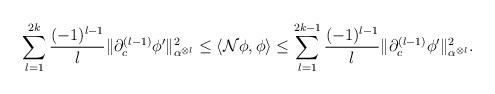
LaTeX: \begin{align*}\sum_{l=1}^{2k}\frac{(-1)^{l-1}}{l}\|\partial^{(l-1)}_{c}\phi^\prime\|^{2}_{\alpha^{\otimes l}}\le \langle\mathcal{N}\phi,\phi \rangle\le \sum_{l=1}^{2k-1}\frac{(-1)^{l-1}}{l}\|\partial^{(l-1)}_{c}\phi^\prime\|^{2}_{\alpha^{\otimes l}}.\end{align*}